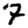
Digit: 7